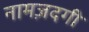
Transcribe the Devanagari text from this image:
नामज़दगी